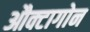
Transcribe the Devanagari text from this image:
औक्टागोन